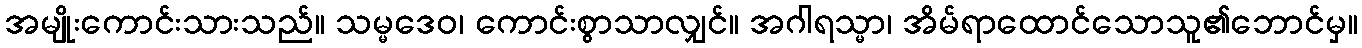
အမျိုးကောင်းသားသည်။ သမ္မဒေဝ၊ ကောင်းစွာသာလျှင်။ အဂါရသ္မာ၊ အိမ်ရာထောင်သောသူ၏ဘောင်မှ။